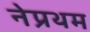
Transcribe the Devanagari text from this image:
नेप्रथम